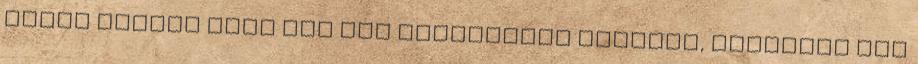
Akkor volnék csak vád alá helyezhető esetleg, ehelyett azt